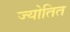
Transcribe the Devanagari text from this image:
ज्योतित